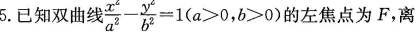
5.已知双曲线 $$\frac{x^{2}}{a^{2}}- \frac{y^{2}}{b^{2}}=1(a>0,b>0)$$的左焦点为F，离